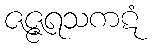
ဇဇ္ဇရသကဋံ